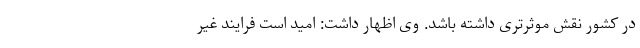
در کشور نقش موثرتری داشته باشد. وی اظهار داشت: امید است فرایند غیر